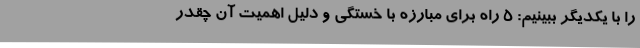
را با یکدیگر ببینیم: 5 راه برای مبارزه با خستگی و دلیل اهمیت آن چقدر